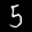
Label: 5